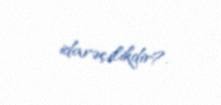
idarəçilikdir?.